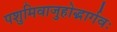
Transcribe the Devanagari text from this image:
पशुमिवाजुहोद्भार्गवः